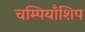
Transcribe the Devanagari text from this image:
चम्पियाँशिप